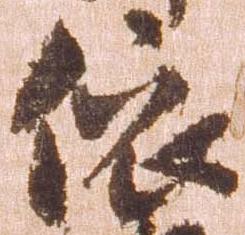
依